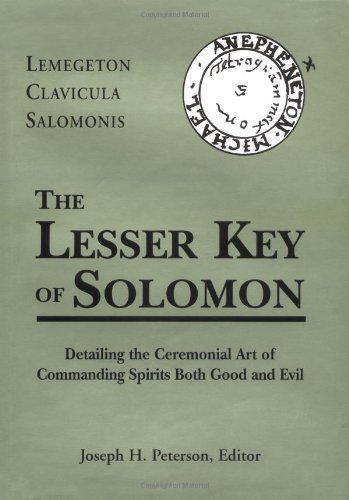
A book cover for The Lesser Key of Solomon; Religion & Spirituality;